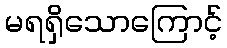
မရရှိသောကြောင့်